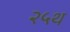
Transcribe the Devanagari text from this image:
२५थ